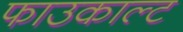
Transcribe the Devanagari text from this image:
फाउकाल्ट